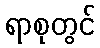
ရာစုတွင်